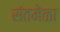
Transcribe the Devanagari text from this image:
संतमेळा